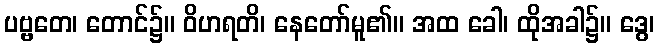
ပဗ္ဗတေ၊ တောင်၌။ ဝိဟရတိ၊ နေတော်မူ၏။ အထ ခေါ၊ ထိုအခါ၌။ ဒွေ၊